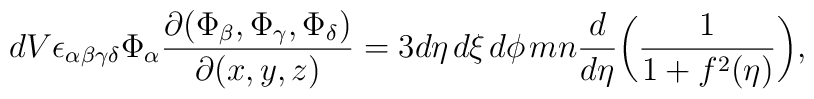
dV\epsilon_{\alpha\beta\gamma\delta}\Phi_{\alpha}\frac{\partial{(\Phi_{\beta},\Phi_{\gamma},\Phi_{\delta})}}{\partial(x,y,z)}=3 d\eta\hspace{0.5mm}d\xi\hspace{0.5mm}d\phi\hspace{0.5mm}mn \frac{d}{d\eta}\biggl(\frac{1}{1+f^2(\eta)}\biggr),